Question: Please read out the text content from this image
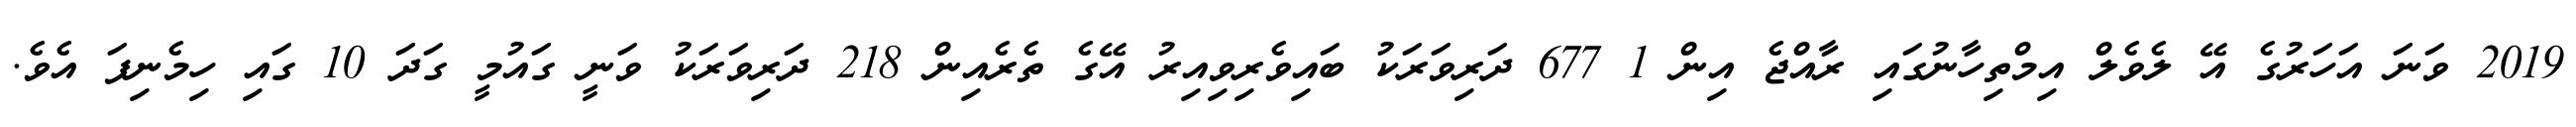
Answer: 2019 ވަނަ އަހަރުގެ އޭ ލެވެލް އިމްތިހާނުގައި ރާއްޖެ އިން 1 677 ދަރިވަރަކު ބައިވެރިވިއިރު އޭގެ ތެރެއިން 218 ދަރިވަރަކު ވަނީ ގައުމީ ގަދަ 10 ގައި ހިމެނިފަ އެވެ.